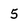
Character: 5